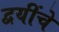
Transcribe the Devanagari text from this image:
द्वयींचे